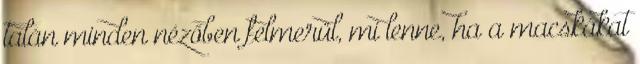
talán minden nézőben felmerül, mi lenne, ha a macskákat